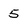
Character: 5